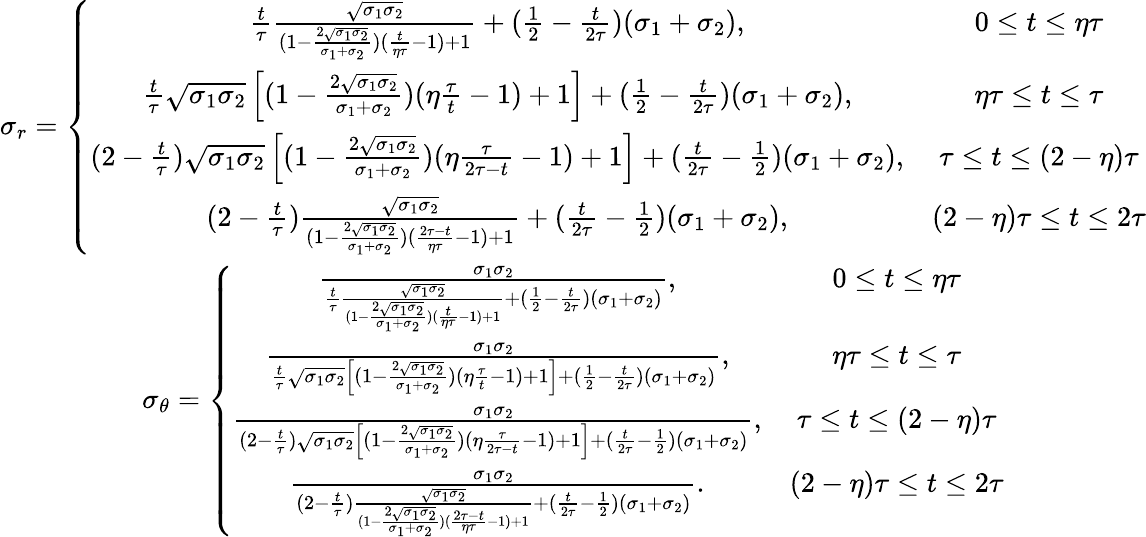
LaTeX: \begin{array}{cc}{\sigma_{r}=\left\lbrace\begin{array}{cc}{\frac{t}{\tau}\frac{\sqrt{\sigma_{1}\sigma_{2}}}{(1-\frac{2\sqrt{\sigma_{1}\sigma_{2}}}{\sigma_{1}+\sigma_{2}})(\frac{t}{\eta\tau}-1)+1}+(\frac{1}{2}-\frac{t}{2\tau})(\sigma_{1}+\sigma_{2}),}&{0\le t\le\eta\tau}\\ {\frac{t}{\tau}\sqrt{\sigma_{1}\sigma_{2}}\left[(1-\frac{2\sqrt{\sigma_{1}\sigma_{2}}}{\sigma_{1}+\sigma_{2}})(\eta\frac{\tau}{t}-1)+1\right]+(\frac{1}{2}-\frac{t}{2\tau})(\sigma_{1}+\sigma_{2}),}&{\eta\tau\le t\le\tau}\\ {(2-\frac{t}{\tau})\sqrt{\sigma_{1}\sigma_{2}}\left[(1-\frac{2\sqrt{\sigma_{1}\sigma_{2}}}{\sigma_{1}+\sigma_{2}})(\eta\frac{\tau}{2\tau-t}-1)+1\right]+(\frac{t}{2\tau}-\frac{1}{2})(\sigma_{1}+\sigma_{2}),}&{\tau\le t\le(2-\eta)\tau}\\ {(2-\frac{t}{\tau})\frac{\sqrt{\sigma_{1}\sigma_{2}}}{(1-\frac{2\sqrt{\sigma_{1}\sigma_{2}}}{\sigma_{1}+\sigma_{2}})(\frac{2\tau-t}{\eta\tau}-1)+1}+(\frac{t}{2\tau}-\frac{1}{2})(\sigma_{1}+\sigma_{2}),}&{(2-\eta)\tau\le t\le 2\tau}\end{array}\right.}\\ {\sigma_{\theta}=\left\lbrace\begin{array}{cc}{\frac{\sigma_{1}\sigma_{2}}{\frac{t}{\tau}\frac{\sqrt{\sigma_{1}\sigma_{2}}}{(1-\frac{2\sqrt{\sigma_{1}\sigma_{2}}}{\sigma_{1}+\sigma_{2}})(\frac{t}{\eta\tau}-1)+1}+(\frac{1}{2}-\frac{t}{2\tau})(\sigma_{1}+\sigma_{2})},}&{0\le t\le\eta\tau}\\ {\frac{\sigma_{1}\sigma_{2}}{\frac{t}{\tau}\sqrt{\sigma_{1}\sigma_{2}}\left[(1-\frac{2\sqrt{\sigma_{1}\sigma_{2}}}{\sigma_{1}+\sigma_{2}})(\eta\frac{\tau}{t}-1)+1\right]+(\frac{1}{2}-\frac{t}{2\tau})(\sigma_{1}+\sigma_{2})},}&{\eta\tau\le t\le\tau}\\ {\frac{\sigma_{1}\sigma_{2}}{(2-\frac{t}{\tau})\sqrt{\sigma_{1}\sigma_{2}}\left[(1-\frac{2\sqrt{\sigma_{1}\sigma_{2}}}{\sigma_{1}+\sigma_{2}})(\eta\frac{\tau}{2\tau-t}-1)+1\right]+(\frac{t}{2\tau}-\frac{1}{2})(\sigma_{1}+\sigma_{2})},}&{\tau\le t\le(2-\eta)\tau}\\ {\frac{\sigma_{1}\sigma_{2}}{(2-\frac{t}{\tau})\frac{\sqrt{\sigma_{1}\sigma_{2}}}{(1-\frac{2\sqrt{\sigma_{1}\sigma_{2}}}{\sigma_{1}+\sigma_{2}})(\frac{2\tau-t}{\eta\tau}-1)+1}+(\frac{t}{2\tau}-\frac{1}{2})(\sigma_{1}+\sigma_{2})}.}&{(2-\eta)\tau\le t\le 2\tau}\end{array}\right.}\end{array}